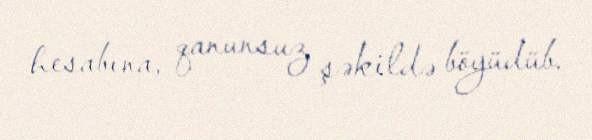
hesabına, qanunsuz şəkildə böyüdüb.